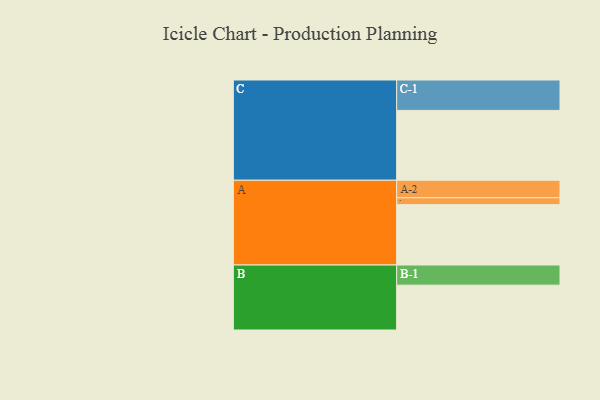
{"axis": {"x": "Segment", "y": "Value"}, "legend": ["", "A", "B", "C"], "data": [{"x": "A", "y": 483, "type": ""}, {"x": "B", "y": 359, "type": ""}, {"x": "C", "y": 559, "type": ""}, {"x": "A-1", "y": 55, "type": "A"}, {"x": "A-2", "y": 140, "type": "A"}, {"x": "B-1", "y": 161, "type": "B"}, {"x": "C-1", "y": 243, "type": "C"}]}